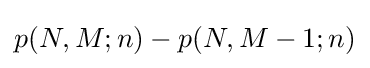
p(N,M;n)-p(N,M-1;n)